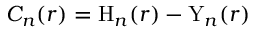
C _ { n } ( r ) = \mathrm { H } _ { n } ( r ) - \mathrm { Y } _ { n } ( r )